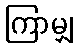
ကြာမျှ